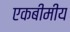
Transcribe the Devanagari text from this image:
एकबीमीय